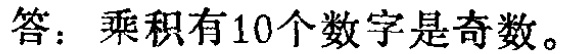
答：乘积有10个数字是奇数。